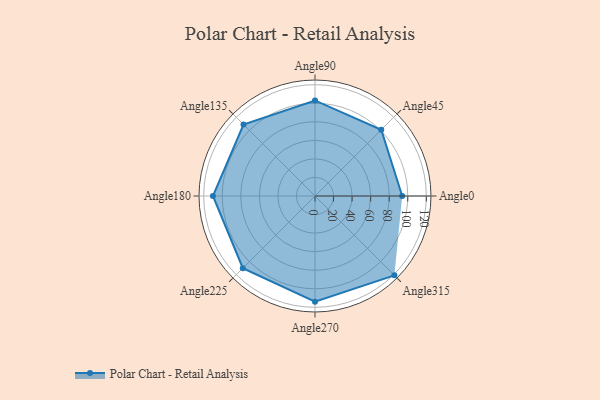
{"axis": {"x": "Angle", "y": "Radius"}, "legend": [""], "data": [{"x": "Angle0", "y": 94.0, "type": ""}, {"x": "Angle45", "y": 101.0, "type": ""}, {"x": "Angle90", "y": 103.0, "type": ""}, {"x": "Angle135", "y": 109.0, "type": ""}, {"x": "Angle180", "y": 110.0, "type": ""}, {"x": "Angle225", "y": 110.0, "type": ""}, {"x": "Angle270", "y": 114.0, "type": ""}, {"x": "Angle315", "y": 121.0, "type": ""}]}